65_HS1-834228961_62-HQ-83894_Section_5
Agency: FBI
Page 168
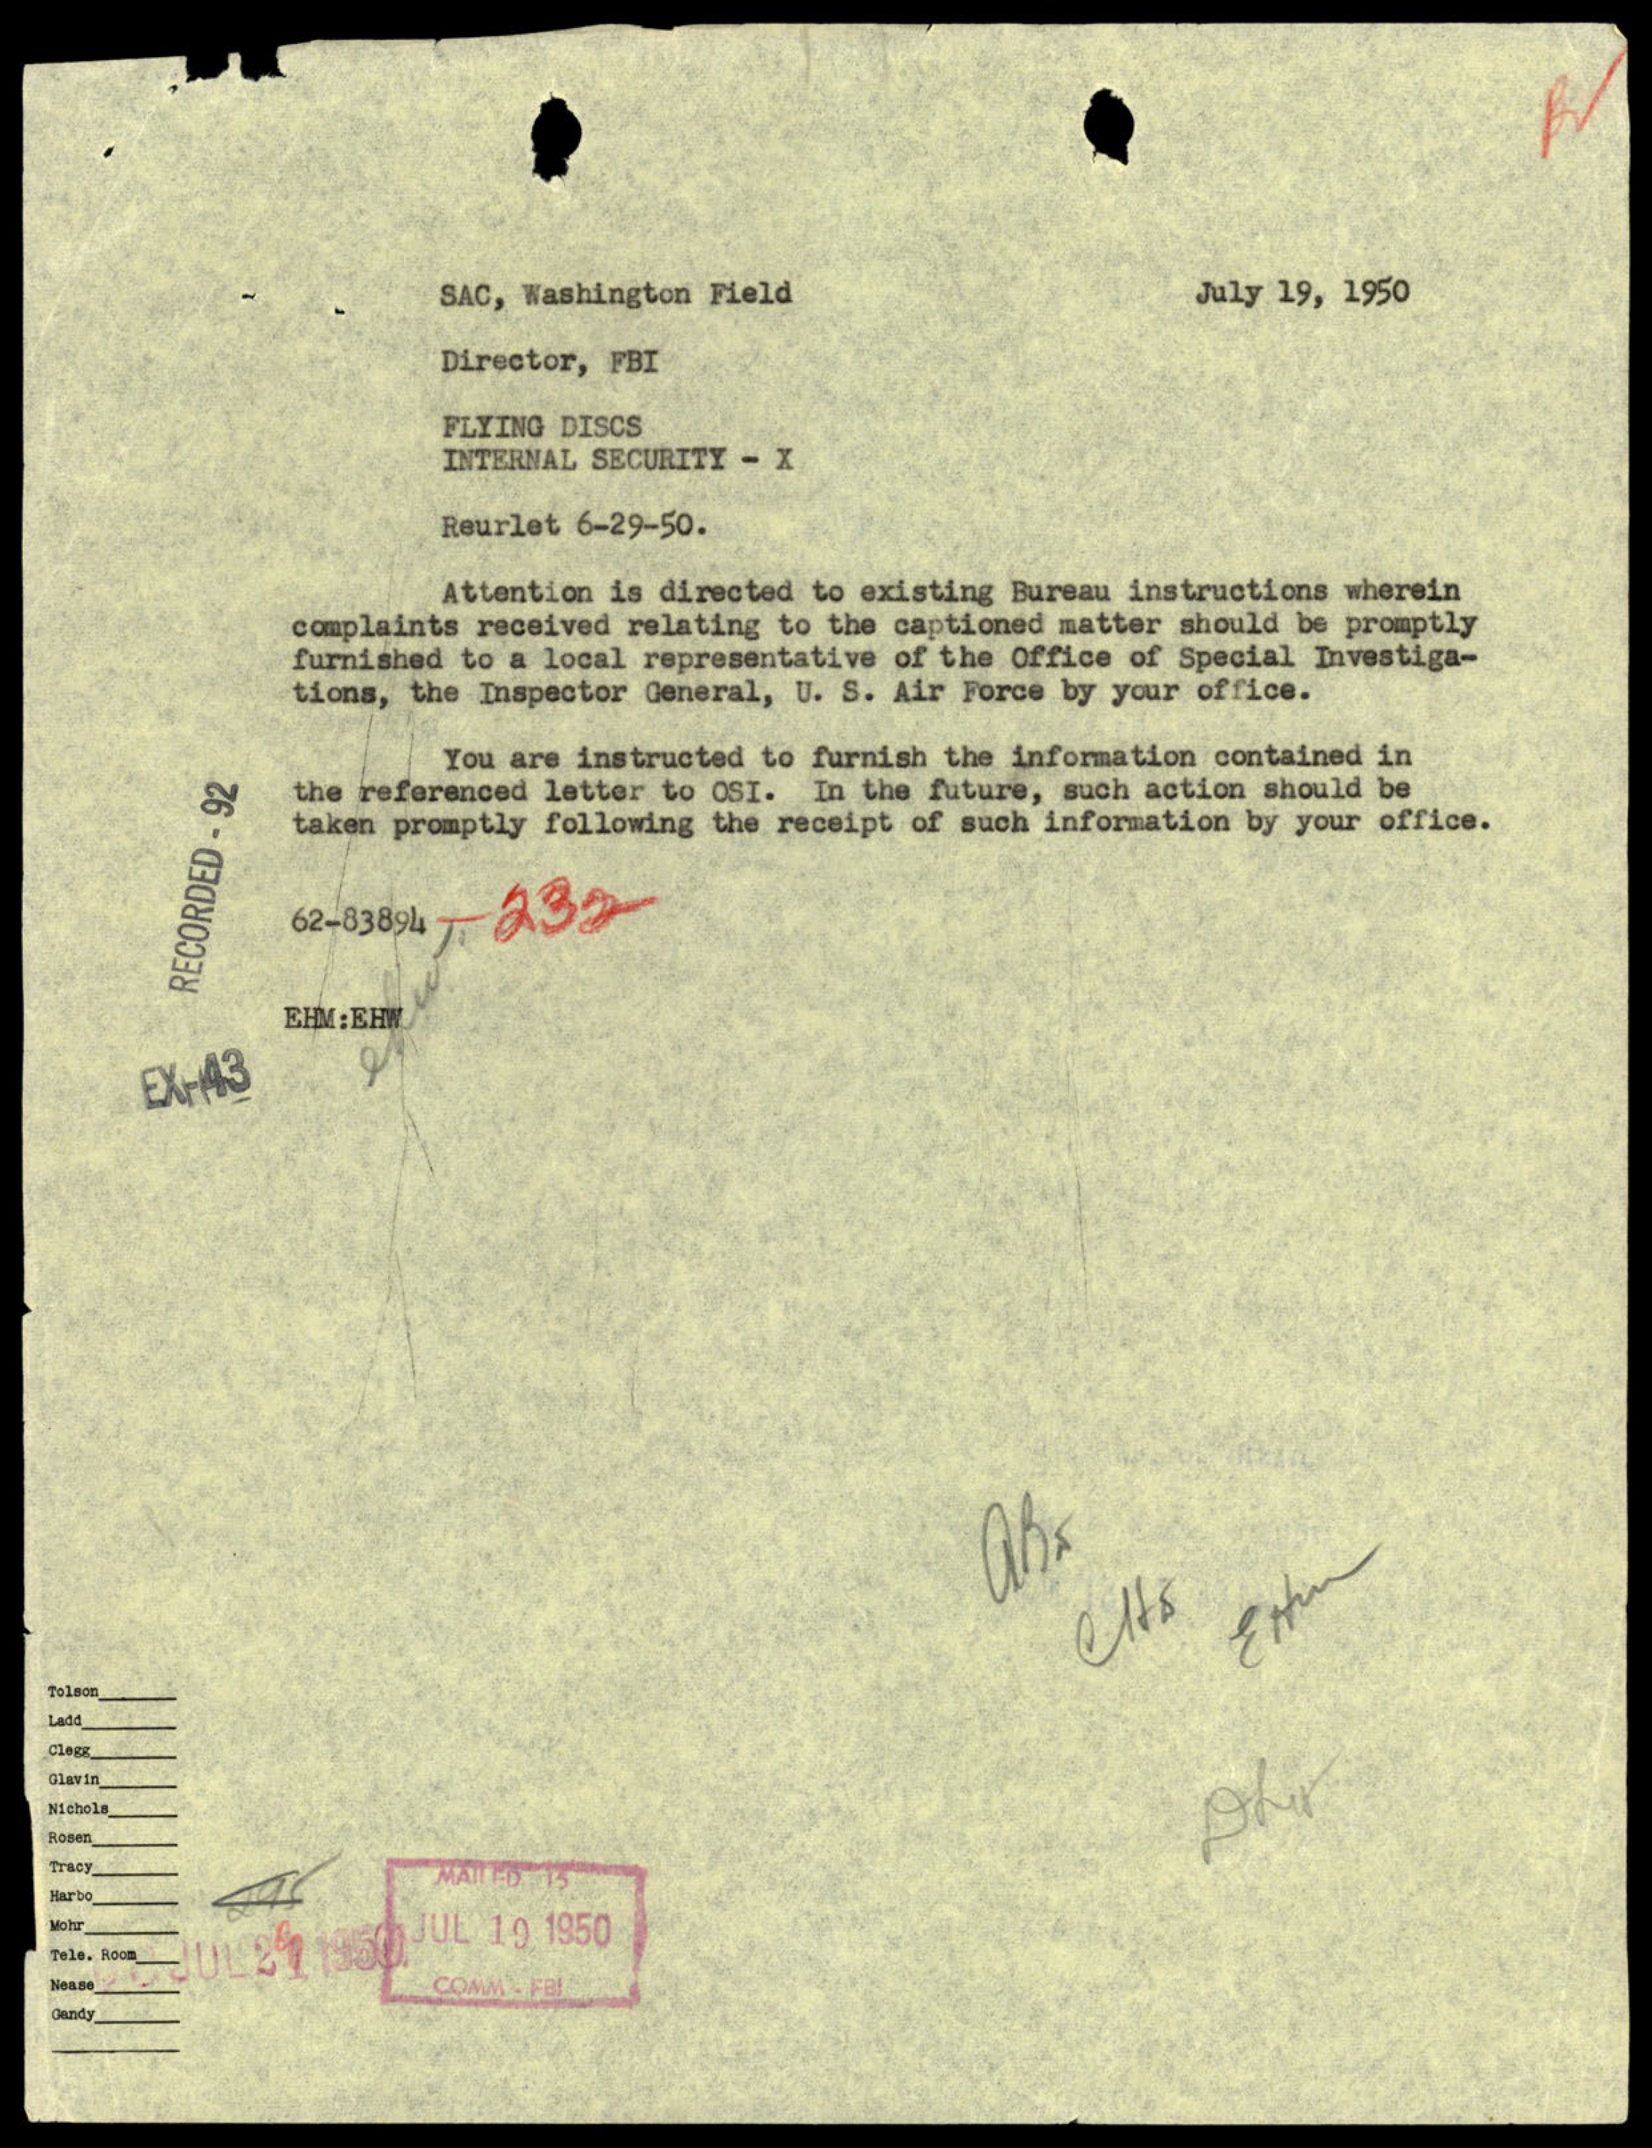